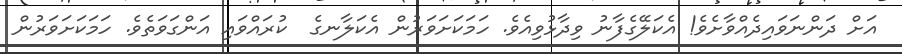
އަށް ދަންނަވައިދެއްވާށެވެ! އެކަލޭގެފާނު ވިދާޅުވިއެވެ. ހަމަކަށަވަރުން އެކަލާނގެ  ކުރައްވައި އަންގަވަތެވެ. ހަމަކަށަވަރުން